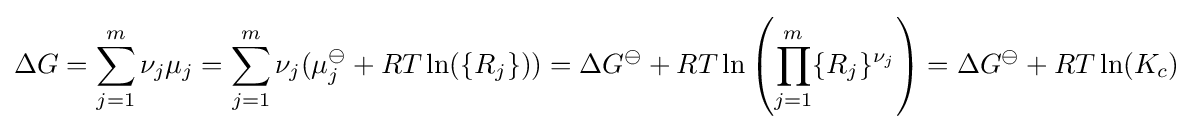
\Delta G=\sum _{j=1}^{m}\nu _{j}\mu _{j}=\sum _{j=1}^{m}\nu _{j}(\mu _{j}^{\ominus }+RT\ln(\{R_{j}\}))=\Delta G^{\ominus }+RT\ln \left(\prod _{j=1}^{m}\{R_{j}\}^{\nu _{j}}\right)=\Delta G^{\ominus }+RT\ln(K_{c})